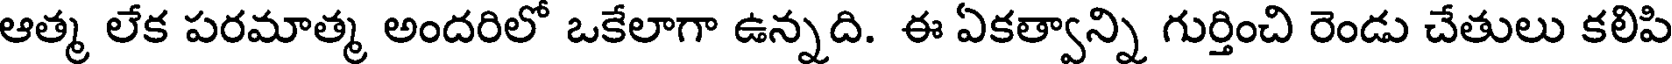
ఆత్మ లేక పరమాత్మ అందరిలో ఒకేలాగా ఉన్నది. ఈ ఏకత్వాన్ని గుర్తించి రెండు చేతులు కలిపి